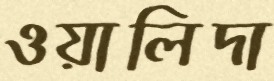
ওয়ালিদা